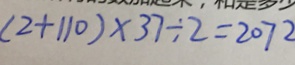
( 2 + 1 1 0 ) \times 3 7 \div 2 = 2 0 7 2